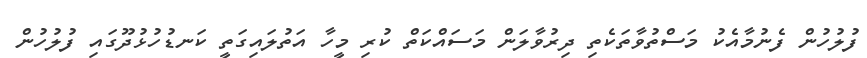
ފުލުހުން ފެނުމާއެކު މަސްތުވާތަކެތި ދިރުވާލަން މަސައްކަތް ކުރި މީހާ އަތުލައިގަތީ ކަނޑުހުޅުދޫގައި ފުލުހުން